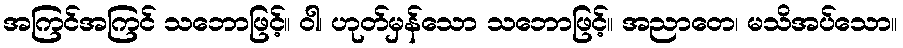
အကြင်အကြင် သဘောဖြင့်။ ဝါ၊ ဟုတ်မှန်သော သဘောဖြင့်။ အညာတေ၊ မသိအပ်သော။